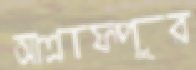
আশ্রাফপুর